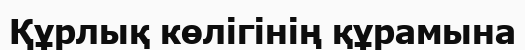
Құрлық көлігінің құрамына